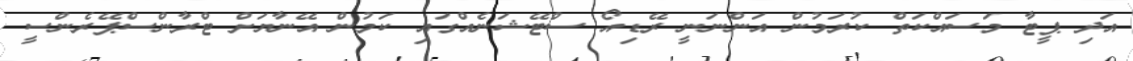
އަދި ޕީޓާ މަސައްކަތް ކުރަމުން އަންނަނީ ރޭޑިއޯ ސްޓޭޝަނެއްގައި ކަމުން އޭނާޔަށް ޓްރާންސްޕޭރެންސީ